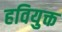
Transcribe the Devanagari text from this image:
हवियुक्त